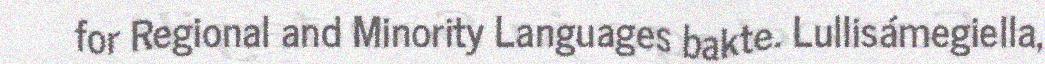
for Regional and Minority Languages bakte. Lullisámegiella,